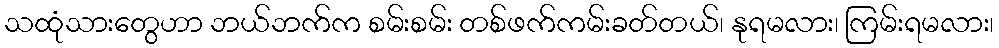
သထုံသားတွေဟာ ဘယ်ဘက်က စမ်းစမ်း တစ်ဖက်ကမ်းခတ်တယ်၊ နုရမလား၊ ကြမ်းရမလား၊